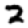
Digit: 2